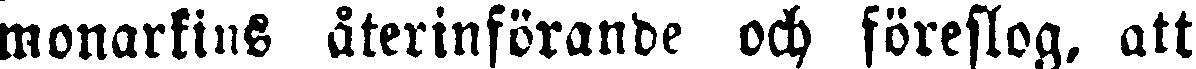
monarkins återinförande och föreslog, att